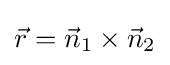
{\vec {r}}={\vec {n}}_{1}\times {\vec {n}}_{2}